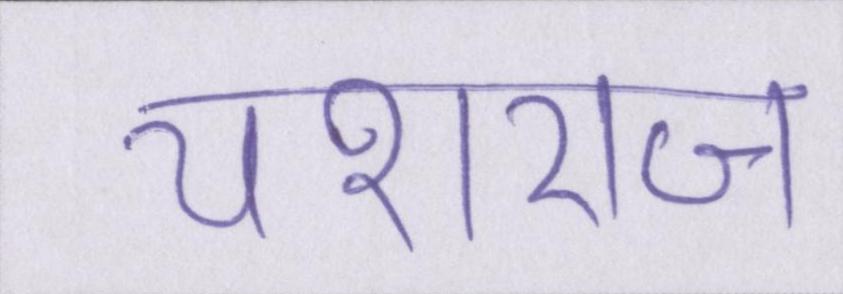
यशराज